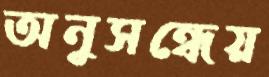
অনুসন্ধেয়